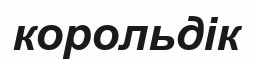
корольдік